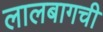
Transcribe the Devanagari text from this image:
लालबागची